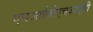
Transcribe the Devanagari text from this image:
एचआईवीएचआईवी